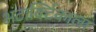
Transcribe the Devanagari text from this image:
अंटार्क्टिकाला